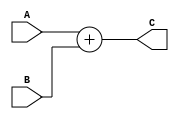

/*
// Module: Adder.v
// Description: Adder verilog code //
// Owner : Mohamed Ayman
*/

module Adder 
#(parameter data_size = 32)
(
output  reg    [data_size-1:0]   C,
input   wire   [data_size-1:0]   A,B
);

always @(*)
begin
    C = A + B;
end
endmodule